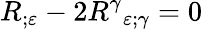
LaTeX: R_{;\varepsilon}-2{R^{\gamma}}_{\varepsilon;\gamma}=0